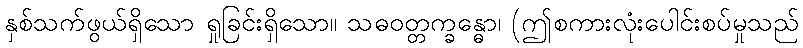
နှစ်သက်ဖွယ်ရှိသော ရှုခြင်းရှိသော။ သဓဝတ္တက္ခန္ဓော၊ (ဤစကားလုံးပေါင်းစပ်မှုသည်